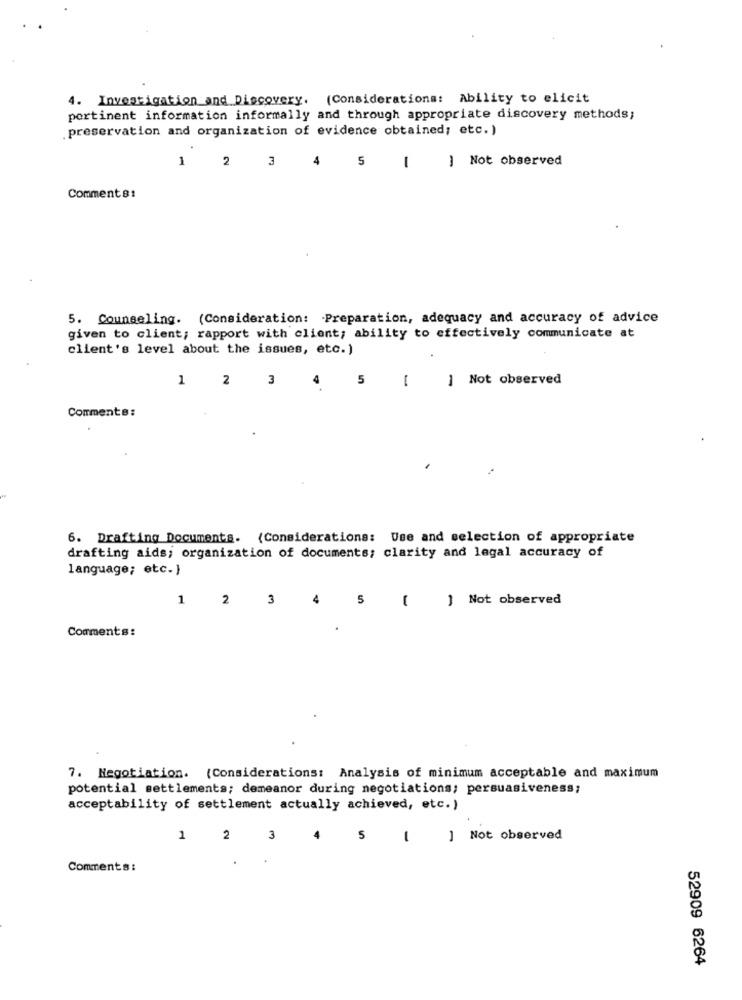
4. Investigation and Discovery. (Considerations: Ability to elicit
pertinent information informally and through appropriate discovery methods;
.preservation and organization of evidence obtained; etc.)
1
2
3
4
5
] Not observed
1
Comment8:
5. Counseling. (Consideration: Preparation, adequacy and accuracy of advice
given to client; rapport with client; ability to effectively communicate at
client's level about the issues, etc.)
1
2
3
] Not observed
4 5
Comments:
6. Drafting Documents. (Considerations: Use and selection of appropriate
drafting aids; organization of documents; clarity and legal accuracy of
language; etc.)
1 2 3
4 5
-
] Not observed
Comments:
7. Negotiation. (Considerations: Analysis of minimum acceptable and maximum
potential settlements; demeanor during negotiations; persuasiveness;
acceptability of settlement actually achieved, etc.)
1
2
3
5
1
] Not observed
Comments :
52909 6264